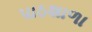
પાઠશાળા